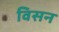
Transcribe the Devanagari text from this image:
विसन